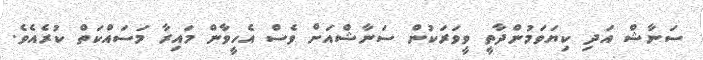
ސަނާޝް އަދި ކިޔަވަމުންދާތީ ވީވަރަކުން ސަނާޝްއަށް ވެސް އެހީވާން މައިރާ މަސައްކަތް ކުރެއެވެ.